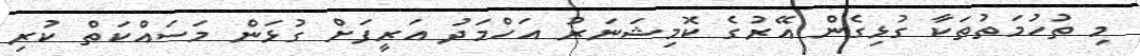
މި ތުހުމަތުތަކާ ގުޅިގެން އޭރުގެ ކޮމިޝަނަރު އަހްމަދު އަރީފަށް ގުޅަން މަސައްކަތް ކުރި